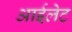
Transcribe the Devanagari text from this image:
आईलेट